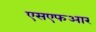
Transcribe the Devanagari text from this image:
एसएफआर